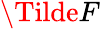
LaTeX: \Tilde{F}